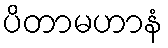
ပိတာမဟာနံ